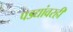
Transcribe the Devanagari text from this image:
पडद्यांवरही